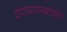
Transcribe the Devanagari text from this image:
प्राणायामान्षडाचरेत्